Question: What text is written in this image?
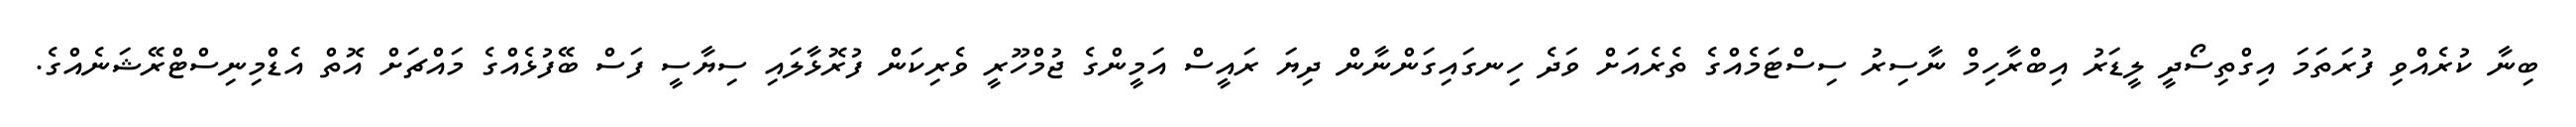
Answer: ބިނާ ކުރެއްވި ފުރަތަމަ އިގްތިސޯދީ ލީޑަރު އިބްރާހިމް ނާސިރު ސިސްޓަމެއްގެ ތެރެއަށް ވަދެ ހިނގައިގަންނާން ދިޔަ ރައީސް އަމީންގެ ޖުމްހޫރީ ވެރިކަން ފުރޮޅާލައި ސިޔާސީ ފަސް ބޭފުޅެއްގެ މައްޗަށް އޮތް އެޑްމިނިސްޓްރޭޝަނެއްގެ.